Lunatic asylums in Bengal annual reports 1899-1911 - 1899-1911
Year: 1899
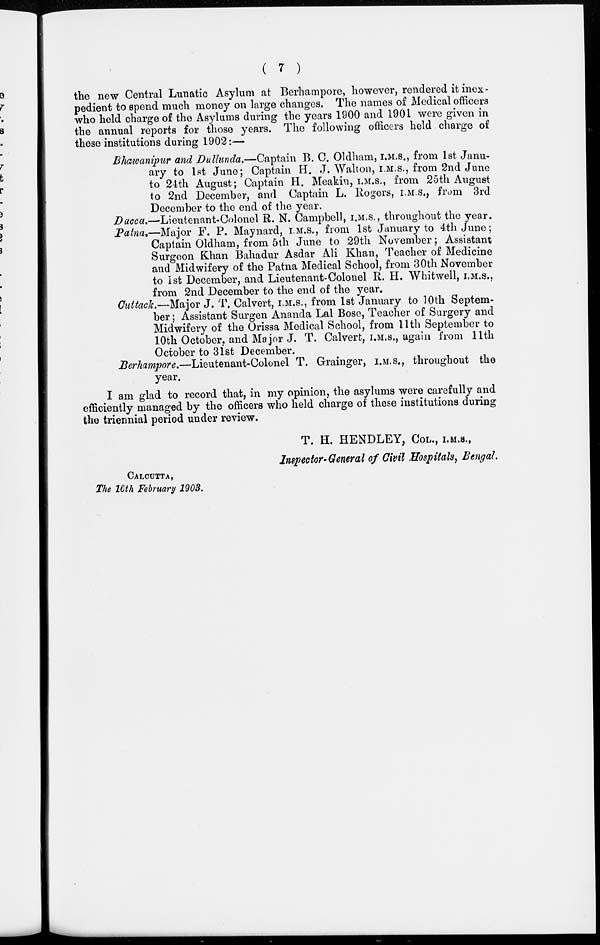
( 7 )
the new Central Lunatic Asylum at Berhampore, however, rendered it inex-
pedient to spend much money on large changes. The names of Medical officers
who held charge of the Asylums during the years 1900 and 1901 were given in
the annual reports for those years. The following officers held charge of
these institutions during 1902:—
Bhawanipur and Dullunda.—Captain B. C. Oldham, I.M.S., from 1st Janu-
ary to 1st June; Captain H. J. Walton, I.M.S., from 2nd June
to 24th August; Captain H. Meakin, I.M.S., from 25th August
to 2nd December, and Captain L. Rogers, I.M.S., from 3rd
December to the end of the year.
Dacca.—Lieutenant-Colonel R. N. Campbell, I.M.S., throughout the year.
Patna.—Major F. P. Maynard, I.M.S., from 1st January to 4th June;
Captain Oldham, from 5th June to 29th November; Assistant
Surgeon Khan Bahadur Asdar Ali Khan, Teacher of Medicine
and Midwifery of the Patna Medical School, from 30th November
to 1st December, and Lieutenant-Colonel R. H. Whitwell, I.M.S.,
from 2nd December to the end of the year.
Cuttack.—Major J. T. Calvert, I.M.S., from 1st January to 10th Septem-
ber ; Assistant Surgen Ananda Lal Bose, Teacher of Surgery and
Midwifery of the Orissa Medical School, from 11th September to
10th October, and Major J. T. Calvert, I.M.S., again from 11th
October to 31st December.
Berhampore.—Lieutenant-Colonel T. Grainger, I.M.S., throughout the
year.
I am glad to record that, in my opinion, the asylums were carefully and
efficiently managed by the officers who held charge of these institutions during
the triennial period under review.
T. H. HENDLEY, COL., I.M.S.,
Inspector-General of Civil Hospitals, Bengal.
CALCUTTA,
The 16th February 1903.